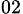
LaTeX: _{02}